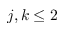
j , k \le 2